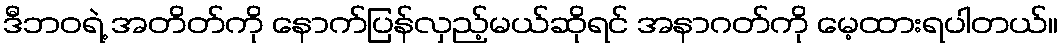
ဒီဘဝရဲ့ အတိတ်ကို နောက်ပြန်လှည့်မယ်ဆိုရင် အနာဂတ်ကို မေ့ထားရပါတယ်။